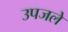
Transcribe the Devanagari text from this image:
उपजले